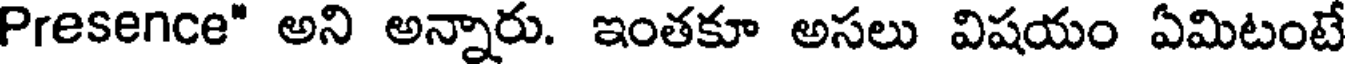
Presence" అని అన్నారు. ఇంతకూ అసలు విషయం ఏమిటంటే